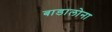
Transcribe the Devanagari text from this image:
बाडालोना